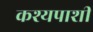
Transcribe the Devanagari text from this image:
कश्यपाशी